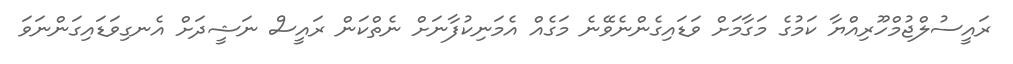
ރައީސުލްޖުމްހޫރިއްޔާ ކަމުގެ މަގާމަށް ވަޑައިގެންނެވޭނެ މަގެއް އެމަނިކުފާނަށް ނެތްކަން ރައީސް ނަޝީދަށް އެނގިވަޑައިގަންނަވަ